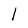
Character: 1